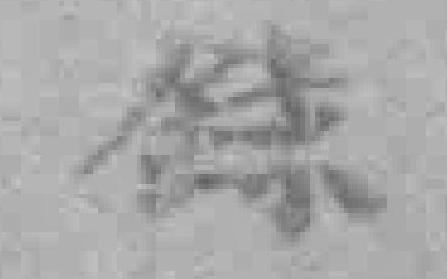
錄